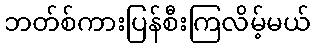
ဘတ်စ်ကားပြန်စီးကြလိမ့်မယ်